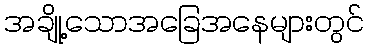
အချို့သောအခြေအနေများတွင်